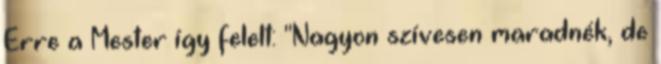
Erre a Mester így felelt: "Nagyon szívesen maradnék, de